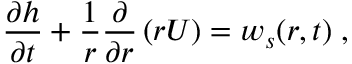
\frac { \partial h } { \partial t } + \frac { 1 } { r } \frac { \partial } { \partial r } \left( r U \right) = w _ { s } ( r , t ) \; ,